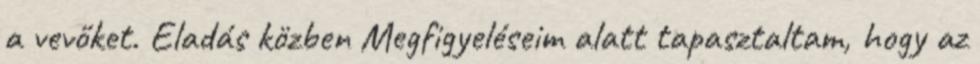
a vevőket. Eladás közben Megfigyeléseim alatt tapasztaltam, hogy az